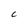
Character: c